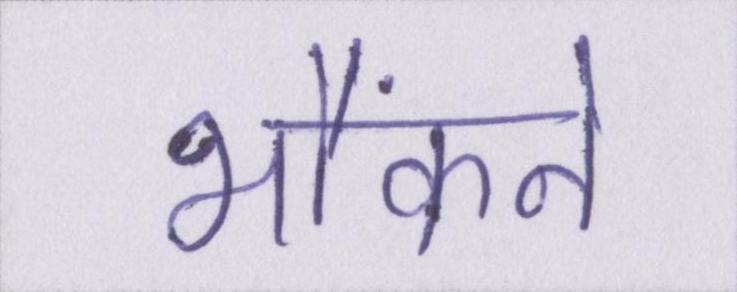
भौंकने